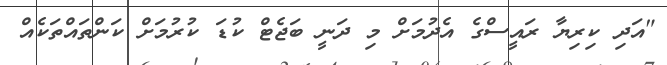
"އަދި ކިރިޔާ ރައީސްގެ އެދުމަށް މި ދަނީ ބަޖެޓް ކުޑަ ކުރުމަށް ކަންތައްތަކެއް